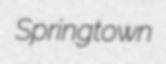
Springtown